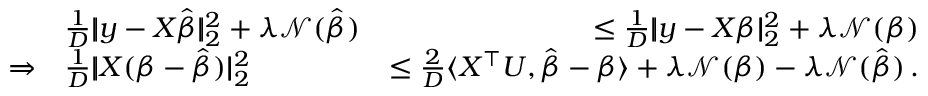
\begin{array} { r l r } & { \frac 1 D | \! | \boldsymbol { y } - X \hat { \boldsymbol { \beta } } | \! | _ { 2 } ^ { 2 } + \lambda \mathcal N ( \hat { \boldsymbol { \beta } } ) } & { \leq \frac 1 D | \! | \boldsymbol { y } - X \boldsymbol { \beta } | \! | _ { 2 } ^ { 2 } + \lambda \mathcal N ( { \boldsymbol { \beta } } ) } \\ { \Rightarrow } & { \frac 1 D | \! | X ( \boldsymbol { \beta } - \hat { \boldsymbol { \beta } } ) | \! | _ { 2 } ^ { 2 } } & { \leq \frac 2 D \langle X ^ { \top } \boldsymbol { U } , \hat { \boldsymbol { \beta } } - \boldsymbol { \beta } \rangle + \lambda \mathcal N ( \boldsymbol { \beta } ) - \lambda \mathcal N ( \hat { \boldsymbol { \beta } } ) \, . } \end{array}